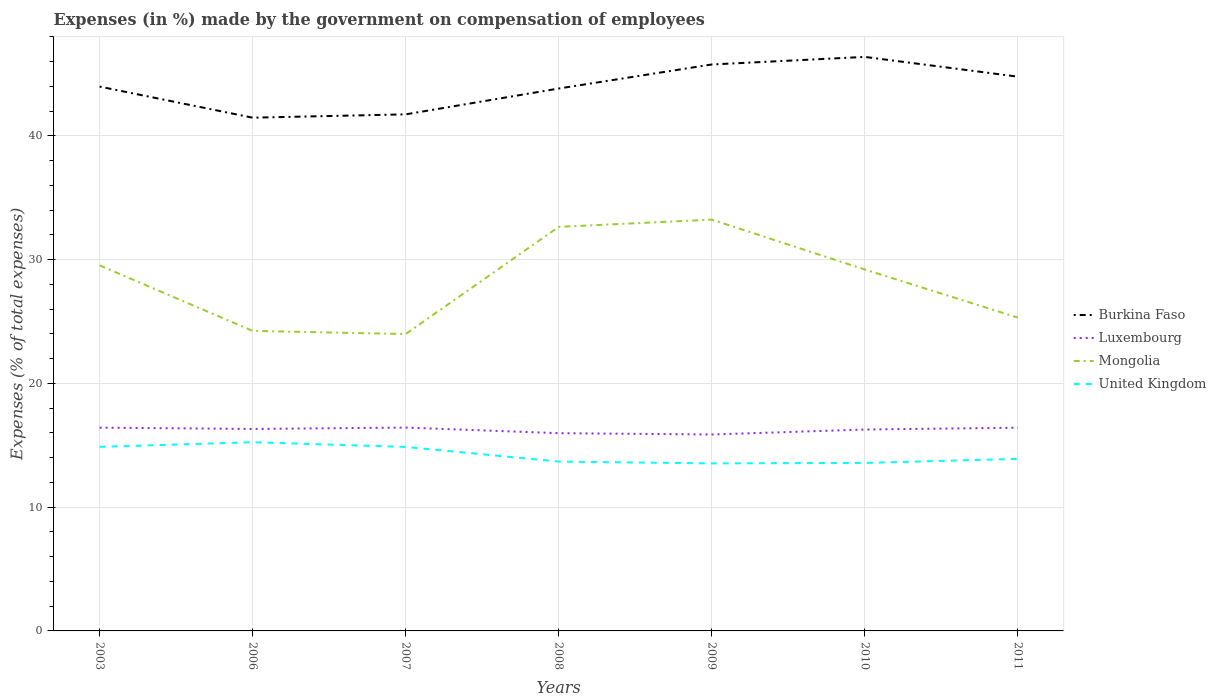
| Years | Burkina Faso | Luxembourg | Mongolia | United Kingdom |
 | --- | --- | --- | --- | --- |
 | 2003 | 44 | 16.4 | 29.5 | 14.9 |
 | 2006 | 41.5 | 16.3 | 24.2 | 15.2 |
 | 2007 | 41.7 | 16.4 | 24 | 14.9 |
 | 2008 | 43.8 | 16 | 32.6 | 13.7 |
 | 2009 | 45.8 | 15.9 | 33.2 | 13.5 |
 | 2010 | 46.4 | 16.3 | 29.2 | 13.6 |
 | 2011 | 44.8 | 16.4 | 25.3 | 13.9 |